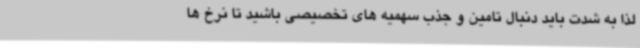
لذا به شدت باید دنبال تامین و جذب سهمیه های تخصیصی باشید تا نرخ ها